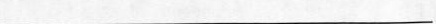
___